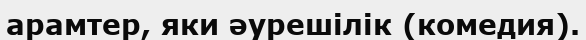
арамтер, яки әурешілік (комедия).